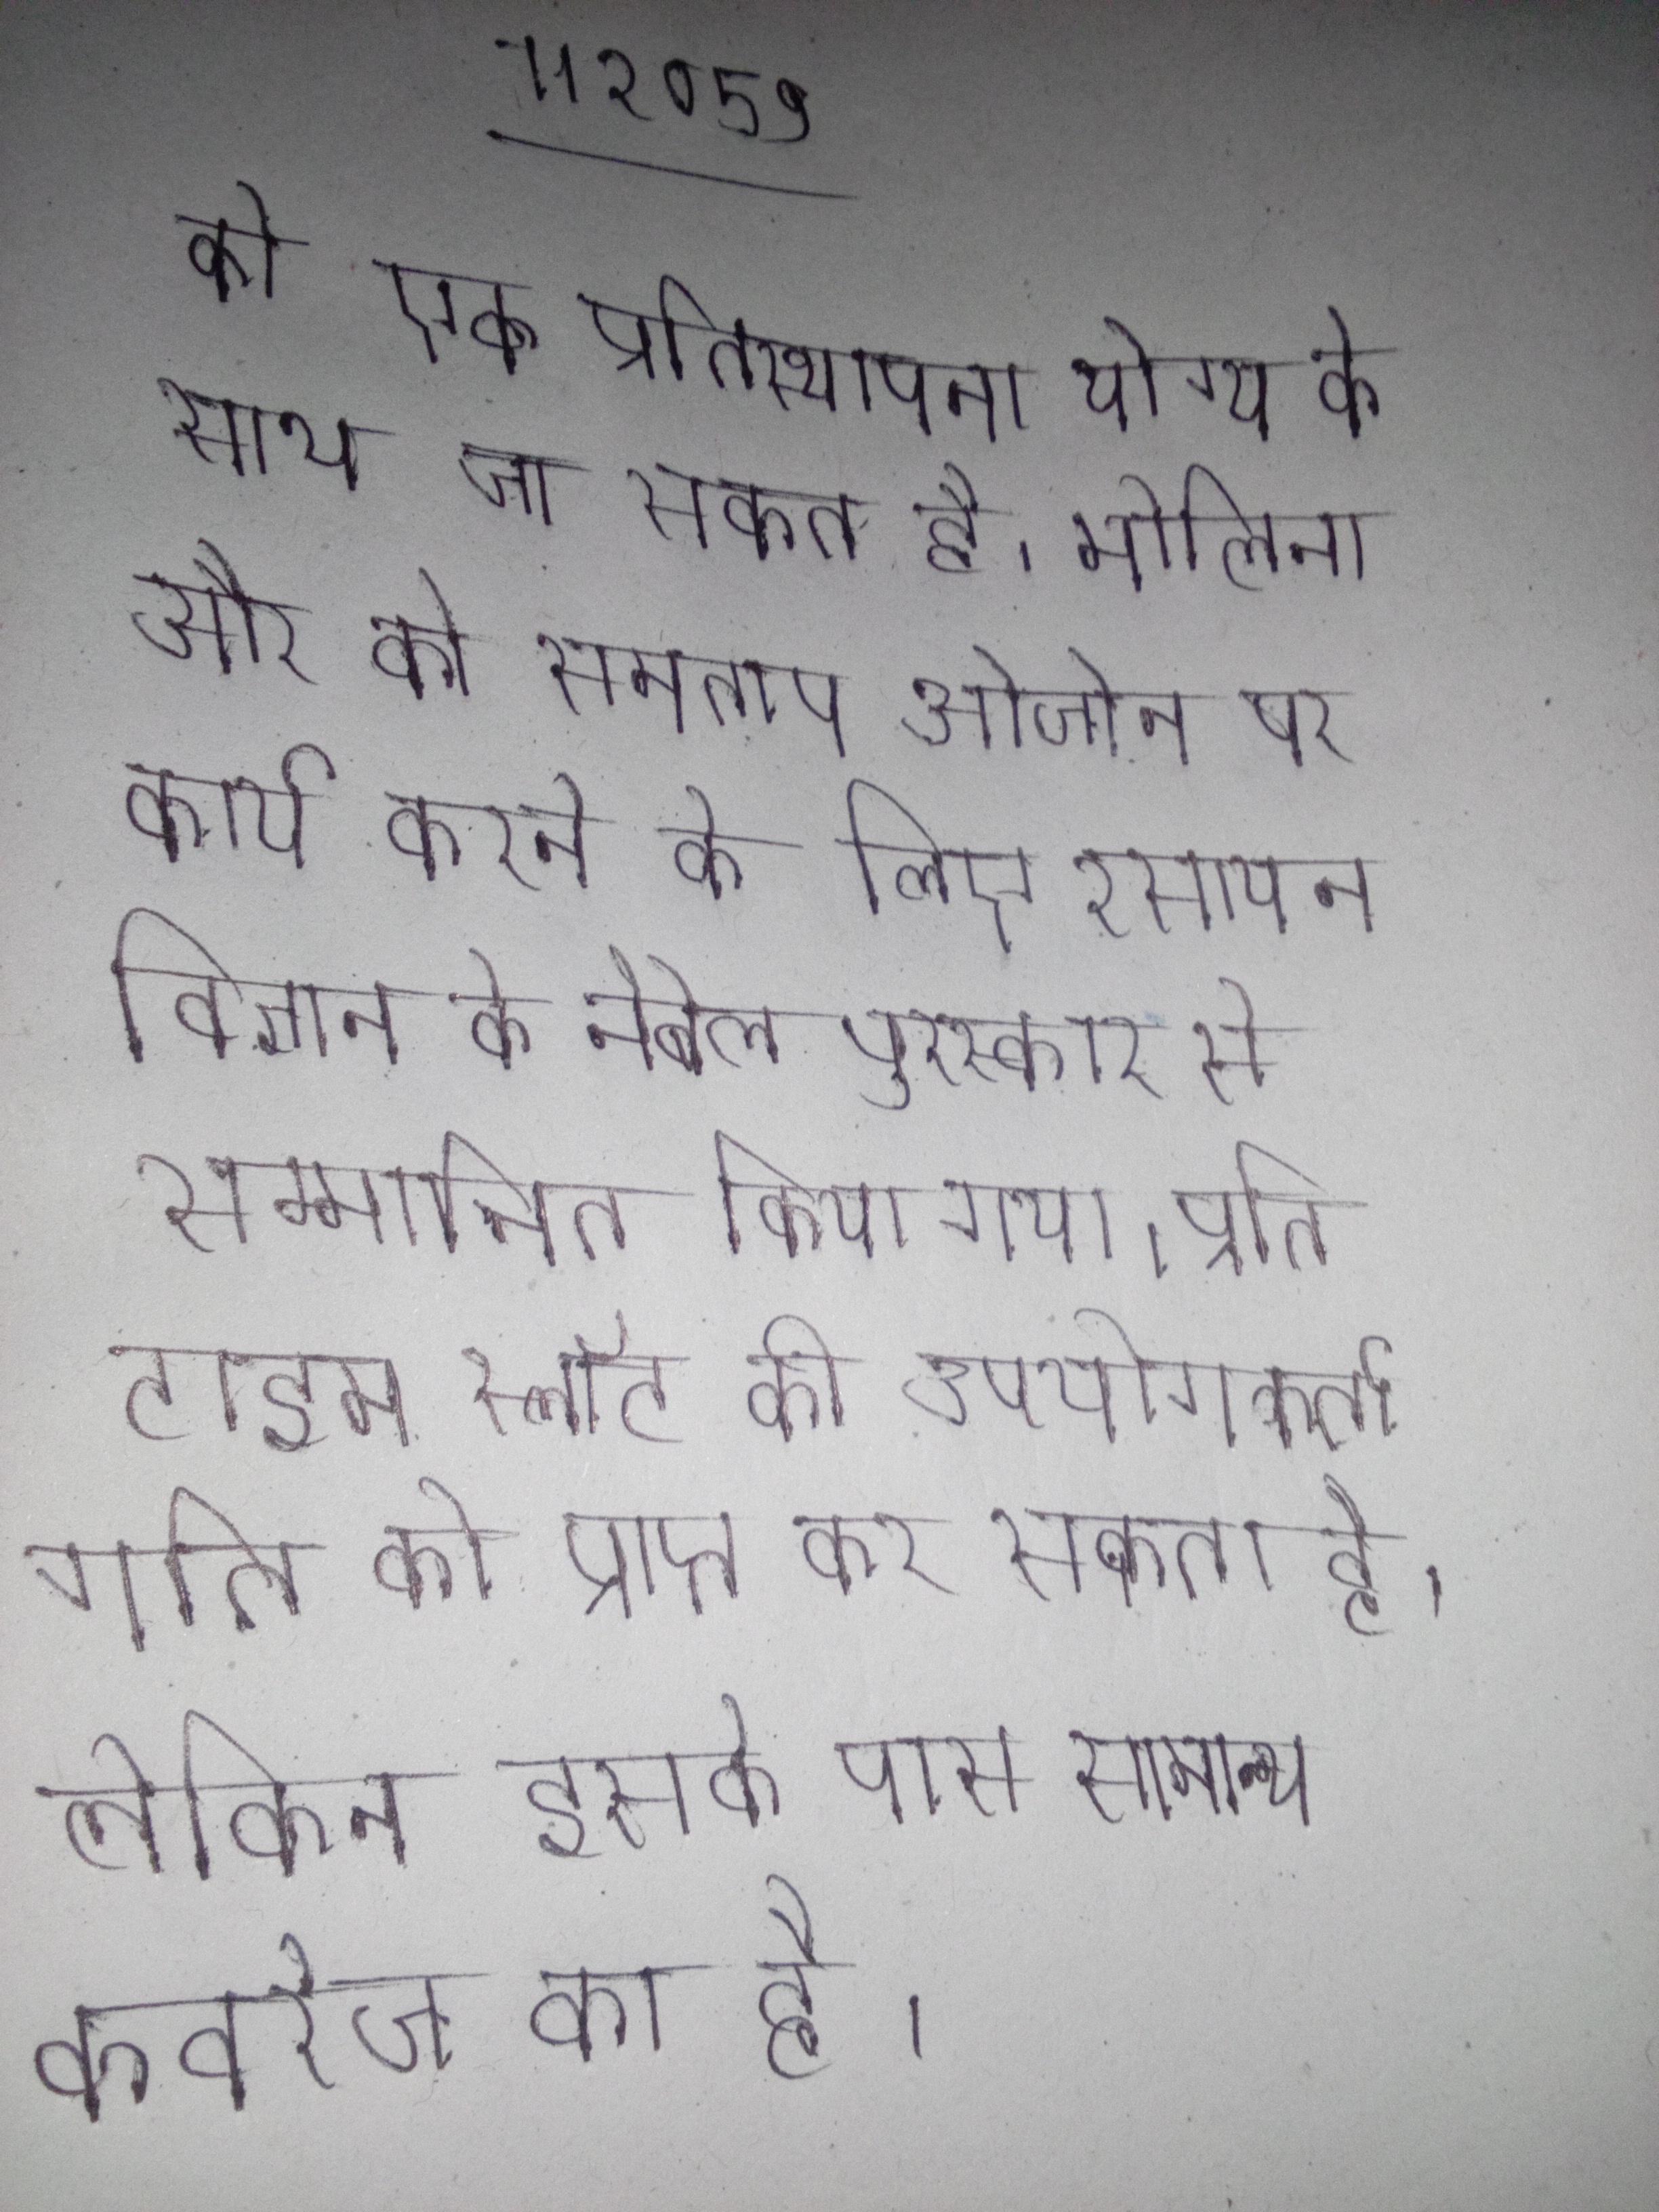
को एक प्रतिस्थापना योग्य के साथ जा सकता है । मोलिना और को समताप ओजोन पर कार्य करने के लिए रसायन विज्ञान के नोबेल पुरस्कार से सम्मानित किया गया । प्रति टाइम स्लॉट की उपयोगकर्ता गति को प्राप्त कर सकता है, लेकिन इसके पास सामान्य कवरेज का है ।